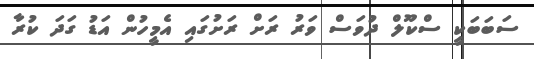
ސަބަބަކީ ސްކޫލް ދުވަސް ވަރު ރަށް ރަށުގައި އެމީހުން އަޑު ގަދަ ކުރާ